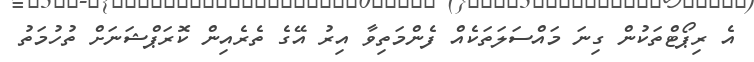
އެ ރިޕޯޓްތަކުން ގިނަ މައްސަލަތަކެއް ފެންމަތިވާ އިރު އޭގެ ތެރެއިން ކޮރަޕްޝަނަށް ތުހުމަތު